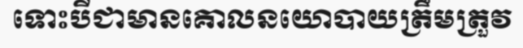
ទោះបីជាមានគោលនយោបាយត្រឹមត្រួវ